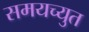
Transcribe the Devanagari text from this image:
समयच्युत